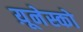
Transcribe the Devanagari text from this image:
य़ूनेस्को